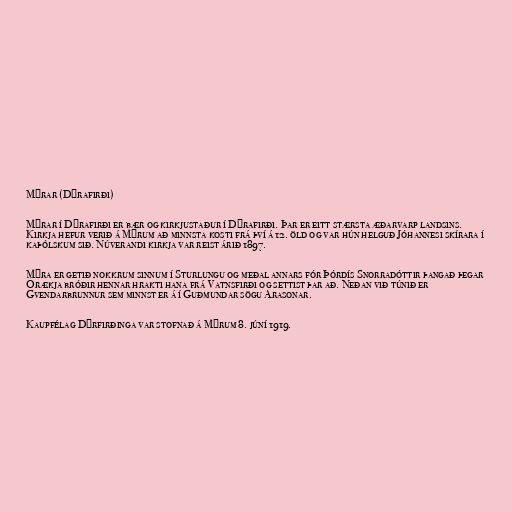
Mýrar (Dýrafirði)

Mýrar í Dýrafirði er bær og kirkjustaður í Dýrafirði. Þar er eitt stærsta æðarvarp landsins.
Kirkja hefur verið á Mýrum að minnsta kosti frá því á 12. öld og var hún helguð Jóhannesi skírara í
kaþólskum sið. Núverandi kirkja var reist árið 1897.

Mýra er getið nokkrum sinnum í Sturlungu og meðal annars fór Þórdís Snorradóttir þangað þegar
Órækja bróðir hennar hrakti hana frá Vatnsfirði og settist þar að. Neðan við túnið er
Gvendarbrunnur sem minnst er á í Guðmundar sögu Arasonar.

Kaupfélag Dýrfirðinga var stofnað á Mýrum 8. júní 1919.